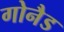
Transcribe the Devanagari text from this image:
गोनैड